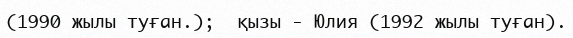
(1990 жылы туған.);  қызы - Юлия (1992 жылы туған).